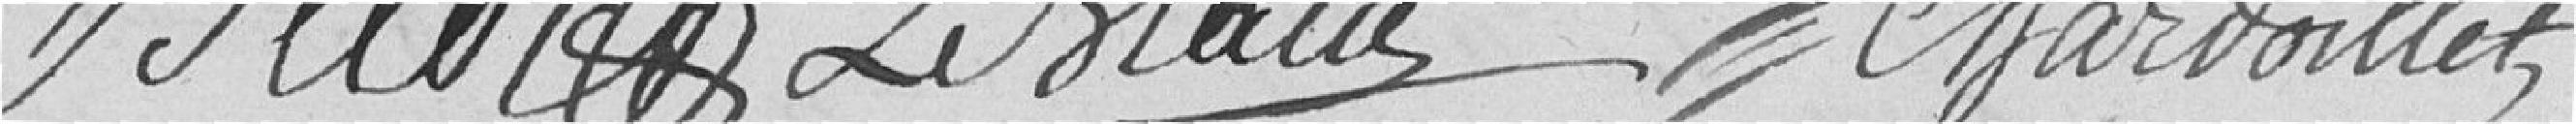
Bellot Le Blanc Chardoillet